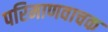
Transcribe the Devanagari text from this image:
परिमाणवाचक